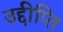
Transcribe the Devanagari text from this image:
उद्दीप्ति